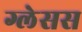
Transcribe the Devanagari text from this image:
ग्लेसस